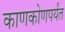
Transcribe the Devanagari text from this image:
काणकोणपर्यंत